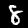
Digit: 8